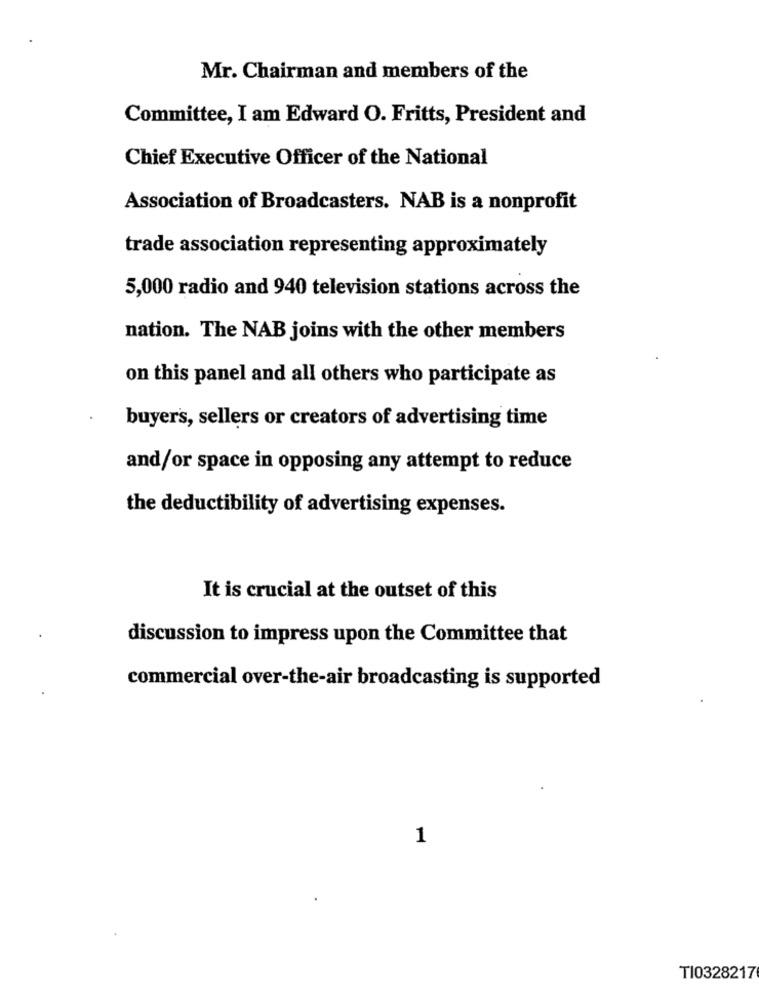
Mr. Chairman and members of the
Committee, I am Edward O. Fritts, President and
Chief Executive Officer of the National
Association of Broadcasters. NAB is a nonprofit
trade association representing approximately
5,000 radio and 940 television stations across the
nation. The NAB joins with the other members
on this panel and all others who participate as
buyers, sellers or creators of advertising time
and/or space in opposing any attempt to reduce
the deductibility of advertising expenses.
It is crucial at the outset of this
discussion to impress upon the Committee that
commercial over-the-air broadcasting is supported
1
TI0328217